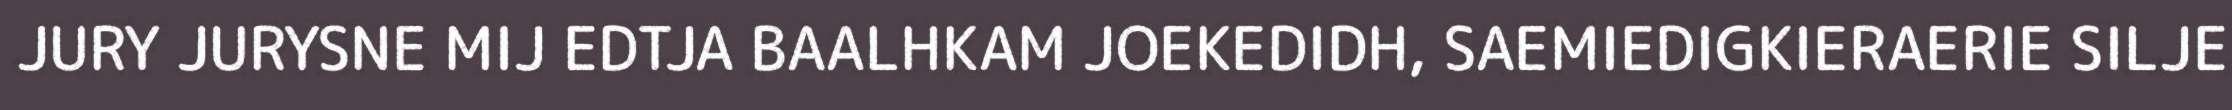
JURY JURYSNE MIJ EDTJA BAALHKAM JOEKEDIDH, SAEMIEDIGKIERAERIE SILJE